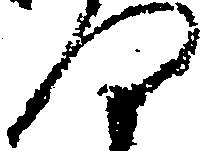
つ